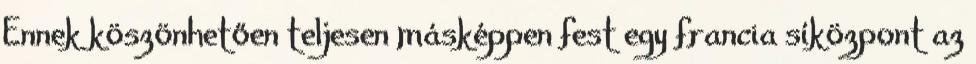
Ennek köszönhetően teljesen másképpen fest egy francia síközpont az